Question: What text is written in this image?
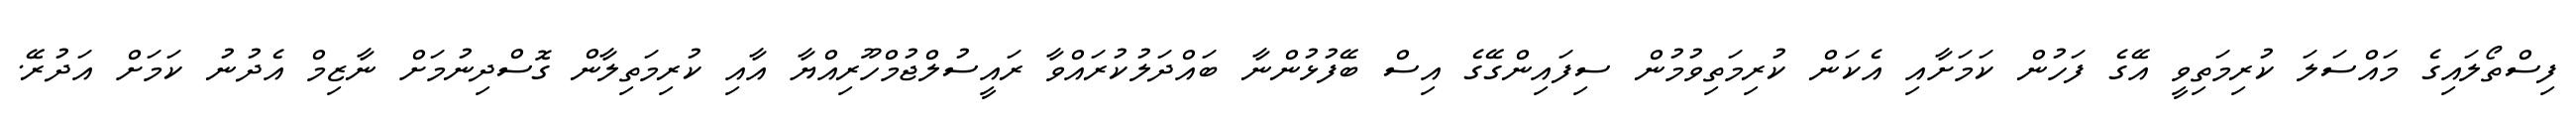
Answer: ފިސްތޯލައިގެ މައްސަލަ ކުރިމަތިވީ އޭގެ ފަހުން ކަމަށާއި އެކަން ކުރިމަތިވުމުން ސިފައިންގޭގެ އިސް ބޭފުޅުންނާ ބައްދަލުކުރައްވާ ރައީސުލްޖުމްހޫރިއްޔާ އާއި ކުރިމަތިލާން ގޮސްދިނުމަށް ނާޒިމް އެދުނު ކަމަށް އަދުރޭ.